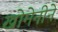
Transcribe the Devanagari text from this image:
खोमेनीने